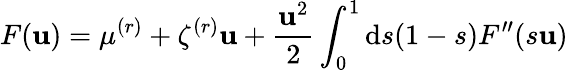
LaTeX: F(\mathbf{u})=\mu^{(r)}+\zeta^{(r)}\mathbf{u}+\frac{{\mathbf{u}^{2}}}{{2}}\int_{0}^{1}\mathrm{{d}}s(1-s)F^{\prime\prime}(s\mathbf{u})